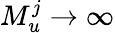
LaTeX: M_{u}^{j}\rightarrow\infty